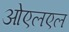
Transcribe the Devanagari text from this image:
ओएलएल